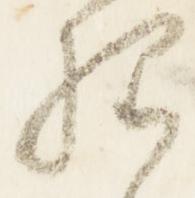
程